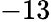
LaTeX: -13